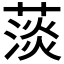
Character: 𦸁